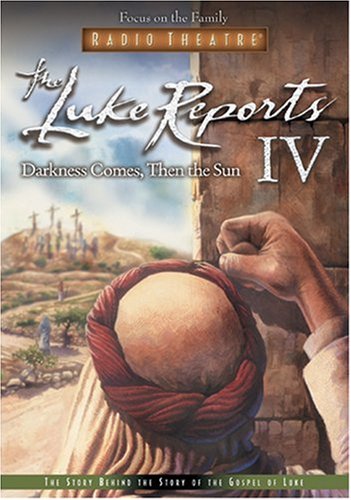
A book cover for The Luke Reports IV: The Darkness Comes, Then the Sun (Radio Theatre); Paul McCusker; Christian Books & Bibles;